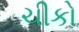
ચીકો